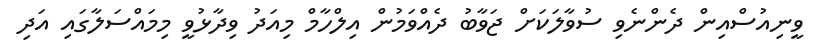
ވީނިއުސްއިން ދެންނެވި ސުވާލަކަށް ޖަވާބު ދެއްވަމުން އިލްހާމް މިއަދު ވިދާޅުވީ މިމައްސަލާގައި އަދި